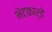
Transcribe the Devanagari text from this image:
भेटकार्डे